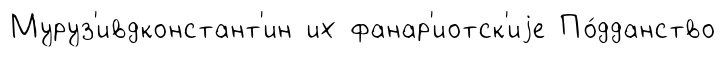
Муруз'ивдконстант'ин их фанар'иотск'иjе По́дданство